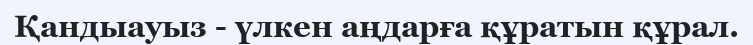
Қандыауыз - үлкен аңдарға құратын құрал.